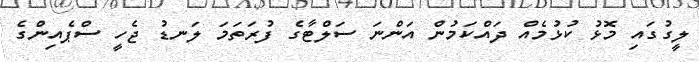
ލީގުގައި މޮޅު ކުޅުމެއް ދައްކަމުން އަންނަ ސަލްޓާގެ ފުރަތަމަ ލަނޑު ޖެހީ ސްޕެއިންގެ